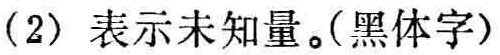
（2）表示未知量。(黑体字)